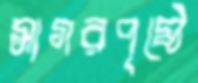
সাগরপৃষ্ঠে